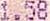
1.58